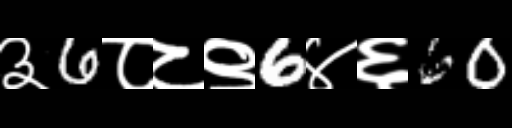
Text: ३6८८९6४६60